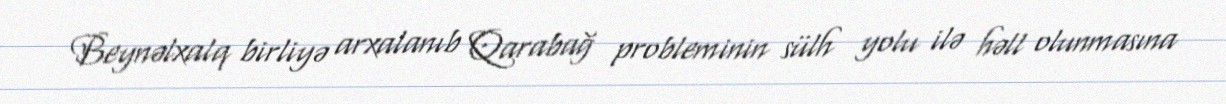
Beynəlxalq birliyə arxalanıb Qarabağ probleminin sülh yolu ilə həll olunmasına